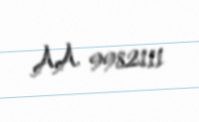
AA 9982111